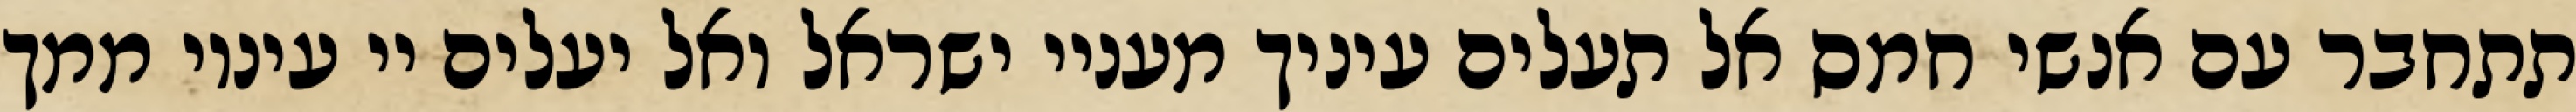
תתחבר עם אנשי חמס אל תעלים עיניך מעניי ישראל ואל יעלים יי עיניו ממך